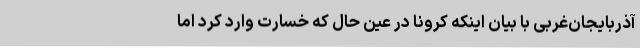
آذربایجان‌غربی با بیان اینکه کرونا در عین حال که خسارت وارد کرد اما